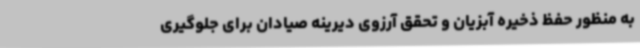
به منظور حفظ ذخیره آبزیان و تحقق آرزوی دیرینه صیادان برای جلوگیری